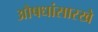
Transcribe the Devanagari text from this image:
औषधांसारखे